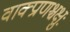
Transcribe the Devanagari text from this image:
वाक्प्राणश्चक्षुः